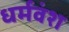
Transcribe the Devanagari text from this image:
धर्मवंश